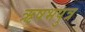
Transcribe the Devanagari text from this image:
ऋषभपुत्र